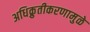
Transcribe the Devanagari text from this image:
अधिक्रुतीकरणामुळे